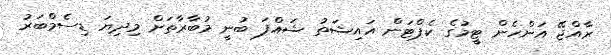
ރާއްޖޭ އަންހެން ޓީމުގެ ކެޕްޓަން އައިޝަތު ޝައްފަ ބުނީ މުބާރާތަށް މިދިޔަ ޑިސެމްބަރު